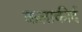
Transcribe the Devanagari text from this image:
कलाकीर्द